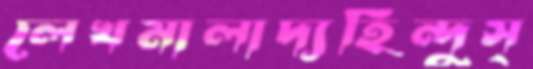
লেখমালাদ্যহিন্দুস্